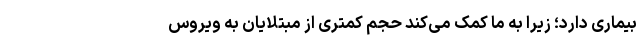
بیماری دارد؛ زیرا به ما کمک می‌کند حجم کمتری از مبتلایان به ویروس